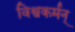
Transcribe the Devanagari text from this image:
विश्वकर्मन्‌